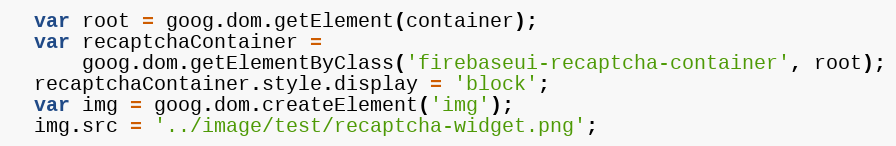
Language: JavaScript
  var root = goog.dom.getElement(container);
  var recaptchaContainer =
      goog.dom.getElementByClass('firebaseui-recaptcha-container', root);
  recaptchaContainer.style.display = 'block';
  var img = goog.dom.createElement('img');
  img.src = '../image/test/recaptcha-widget.png';